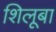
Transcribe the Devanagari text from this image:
शिलूबा